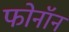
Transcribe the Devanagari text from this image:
फोनॉन